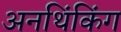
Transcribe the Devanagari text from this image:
अनथिंकिंग